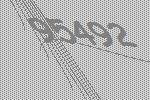
95492